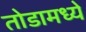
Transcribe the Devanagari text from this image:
तोडामध्ये